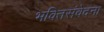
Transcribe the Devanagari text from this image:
भक्तिसंवेदना